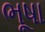
ભૂષા